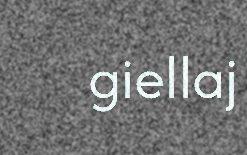
giellaj